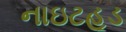
નાઇટહૂડ